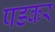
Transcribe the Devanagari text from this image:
पडकर